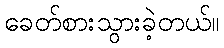
ခေတ်စားသွားခဲ့တယ်။